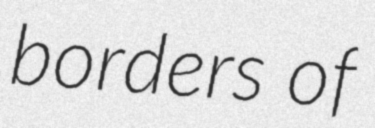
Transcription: borders of